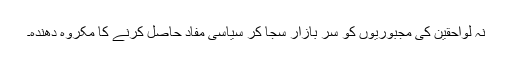
نہ لواحقین کی مجبوریوں کو سرِ بازار سجا کر سیاسی مفاد حاصل کرنے کا مکروہ دھندہ۔